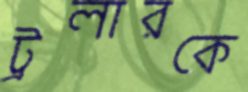
ট্রলারকে